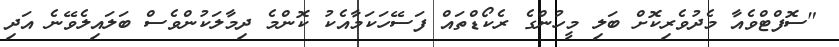
"ސޮފްޓްވެއާ މެދުވެރިކޮށް ބަލި މީހުންގެ ރެކޯޑްތައް ފަސޭހަކަމާއެކު ކޮންމެ ދިމާލަކުންވެސް ބަލައިލެވޭނެ އަދި